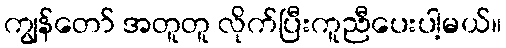
ကျွန်တော် အတူတူ လိုက်ပြီးကူညီပေးပါ့မယ်။